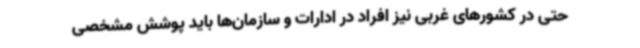
حتی در کشورهای غربی نیز افراد در ادارات و سازمان‌ها باید پوشش مشخصی